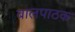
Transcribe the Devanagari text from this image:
बालपाठक